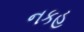
નકહ